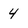
Character: 4